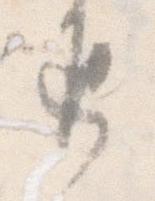
返